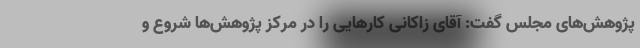
پژوهش‌های مجلس گفت: آقای زاکانی کارهایی را در مرکز پژوهش‌ها شروع و